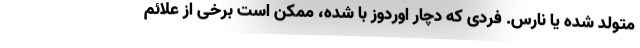
متولد شده یا نارس. فردی که دچار اوردوز با شده، ممکن است برخی از علائم